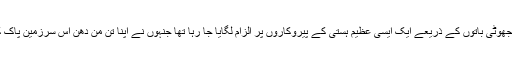
آغا خان اسٹیٹ جیسی جھوٹی باتوں کے ذریعے ایک ایسی عظیم ہستی کے پیروکاروں پر الزام لگایا جا رہا تھا جنہوں نے اپنا تن من دھن اس سرزمینِ پاک کے لیے وقف کی ہے۔